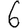
Digit: 6